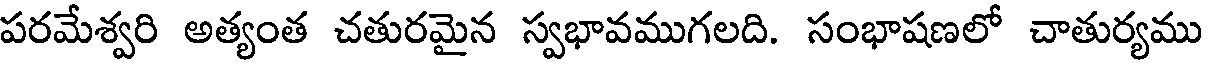
పరమేశ్వరి అత్యంత చతురమైన స్వభావముగలది. సంభాషణలో చాతుర్యము